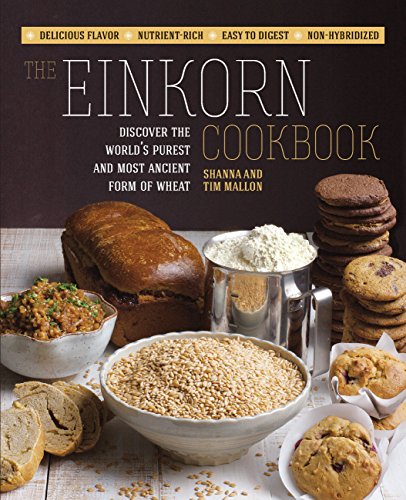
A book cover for The Einkorn Cookbook: Discover the World's Purest and Most Ancient Form of Wheat: Delicious Flavor - Nutrient-Rich - Easy to Digest - Non-Hybridized; Shanna Mallon; Cookbooks, Food & Wine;